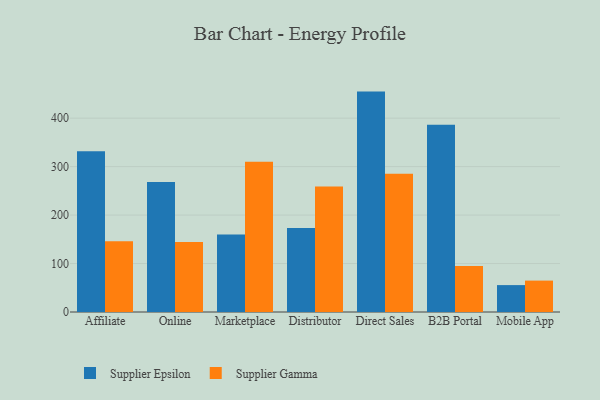
{"axis": {"x": "Channel", "y": "Bounce Rate (%)"}, "legend": ["Supplier Epsilon", "Supplier Gamma"], "data": [{"x": "Affiliate", "y": 331.7, "type": "Supplier Epsilon"}, {"x": "Affiliate", "y": 146.0, "type": "Supplier Gamma"}, {"x": "Online", "y": 268.5, "type": "Supplier Epsilon"}, {"x": "Online", "y": 144.4, "type": "Supplier Gamma"}, {"x": "Marketplace", "y": 160.1, "type": "Supplier Epsilon"}, {"x": "Marketplace", "y": 310.0, "type": "Supplier Gamma"}, {"x": "Distributor", "y": 173.4, "type": "Supplier Epsilon"}, {"x": "Distributor", "y": 259.1, "type": "Supplier Gamma"}, {"x": "Direct Sales", "y": 454.8, "type": "Supplier Epsilon"}, {"x": "Direct Sales", "y": 285.3, "type": "Supplier Gamma"}, {"x": "B2B Portal", "y": 386.2, "type": "Supplier Epsilon"}, {"x": "B2B Portal", "y": 94.8, "type": "Supplier Gamma"}, {"x": "Mobile App", "y": 55.5, "type": "Supplier Epsilon"}, {"x": "Mobile App", "y": 64.8, "type": "Supplier Gamma"}]}